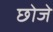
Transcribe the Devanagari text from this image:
छोजे